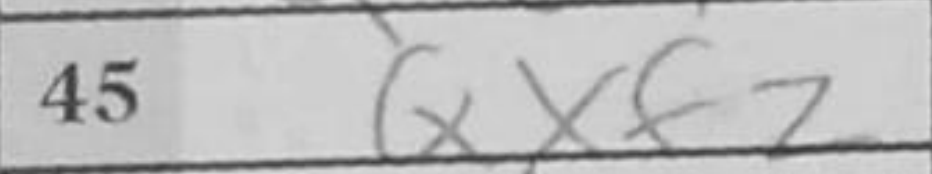
Transcription: Qxf2